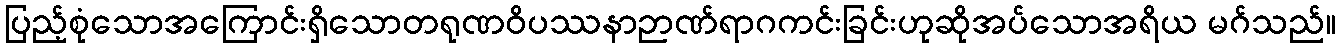
ပြည့်စုံသောအကြောင်းရှိသောတရုဏဝိပဿနာဉာဏ်ရာဂကင်းခြင်းဟုဆိုအပ်သောအရိယ မဂ်သည်။